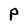
Character: P